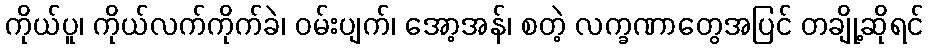
ကိုယ်ပူ၊ ကိုယ်လက်ကိုက်ခဲ၊ ဝမ်းပျက်၊ အော့အန်၊ စတဲ့ လက္ခဏာတွေအပြင် တချို့ဆိုရင်